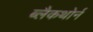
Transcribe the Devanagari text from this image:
ब्लैकथोर्न